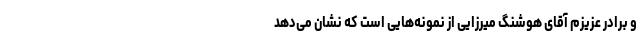
و برادر عزیزم آقای هوشنگ میرزایی از نمونه‌هایی است که نشان می‌دهد